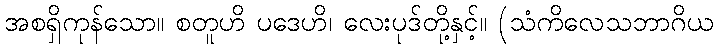
အစရှိကုန်သော။ စတူဟိ ပဒေဟိ၊ လေးပုဒ်တို့နှင့်။ (သံကိလေသဘာဂိယ